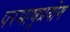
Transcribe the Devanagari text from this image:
परमाणुप्रयोग